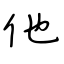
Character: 他